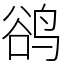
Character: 鹆